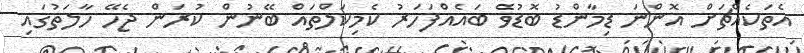
އެތަކެއްޗަށް އޮންނަ ޑިމާންޑު ބޮޑުވެ ބައެއްފަހަރު ކެމިކަލްތައް ބޭނުން ކުރަން ޖެހޭ ހާލަތުގައި